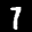
Label: 7